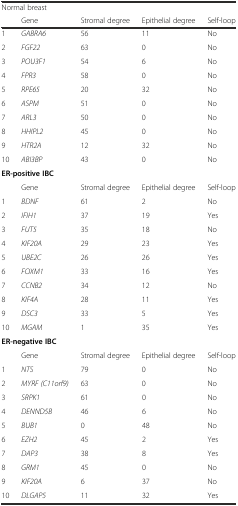
| <COLSPAN=5> Normal breast |
 |  | Gene | Stromal degree | Epithelial degree | Self-loop |
 | --- | --- | --- | --- | --- |
 | 1 | GABRA6 | 56 | 11 | No |
 | 2 | FGF22 | 63 | 0 | No |
 | 3 | POU3F1 | 54 | 6 | No |
 | 4 | FPR3 | 58 | 0 | No |
 | 5 | RPE65 | 20 | 32 | No |
 | 6 | ASPM | 51 | 0 | No |
 | 7 | ARL3 | 50 | 0 | No |
 | 8 | HHIPL2 | 45 | 0 | No |
 | 9 | HTR2A | 12 | 32 | No |
 | 10 | ABI3BP | 43 | 0 | No |
 | <COLSPAN=5> ER-positive IBC |
 |  | Gene | Stromal degree | Epithelial degree | Self-loop |
 | 1 | BDNF | 61 | 2 | No |
 | 2 | IFIH1 | 37 | 19 | Yes |
 | 3 | FUT5 | 35 | 18 | No |
 | 4 | KIF20A | 29 | 23 | Yes |
 | 5 | UBE2C | 26 | 26 | Yes |
 | 6 | FOXM1 | 33 | 16 | Yes |
 | 7 | CCNB2 | 34 | 12 | No |
 | 8 | KIF4A | 28 | 11 | Yes |
 | 9 | DSC3 | 33 | 5 | Yes |
 | 10 | MGAM | 1 | 35 | Yes |
 | <COLSPAN=5> ER-negative IBC |
 |  | Gene | Stromal degree | Epithelial degree | Self-loop |
 | 1 | NTS | 79 | 0 | No |
 | 2 | MYRF (C11orf9) | 63 | 0 | No |
 | 3 | SRPK1 | 61 | 0 | No |
 | 4 | DENND5B | 46 | 6 | No |
 | 5 | BUB1 | 0 | 48 | No |
 | 6 | EZH2 | 45 | 2 | Yes |
 | 7 | DAP3 | 38 | 8 | Yes |
 | 8 | GRM1 | 45 | 0 | No |
 | 9 | KIF20A | 6 | 37 | No |
 | 10 | DLGAP5 | 11 | 32 | Yes |